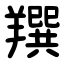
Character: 䍻